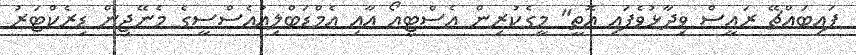
ފައިބައްޗޭ ރައީސް ވިދާޅުވެފައި އޮތީ" މީގެކުރިން އެސްޓީއޯ އާއި އެމްޑަބްލިއުއެސްސީގެ މެނޭޖިން ޑިރެކްޓަރު